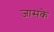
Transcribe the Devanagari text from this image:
जासके